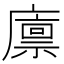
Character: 廪